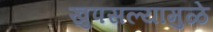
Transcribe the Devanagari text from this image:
खुपसल्यामुळे